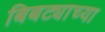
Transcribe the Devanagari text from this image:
बिबट्याच्या